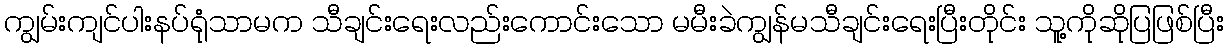
ကျွမ်းကျင်ပါးနပ်ရုံသာမက သီချင်းရေးလည်းကောင်းသော မမီးခဲကျွန်မသီချင်းရေးပြီးတိုင်း သူ့ကိုဆိုပြဖြစ်ပြီး